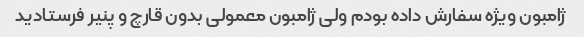
ژامبون ویژه سفارش داده بودم ولی ژامبون معمولی بدون قارچ و پنیر فرستادید